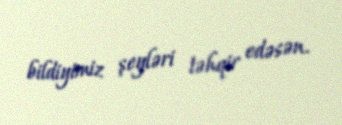
bildiyimiz şeyləri təhqir edəsən.